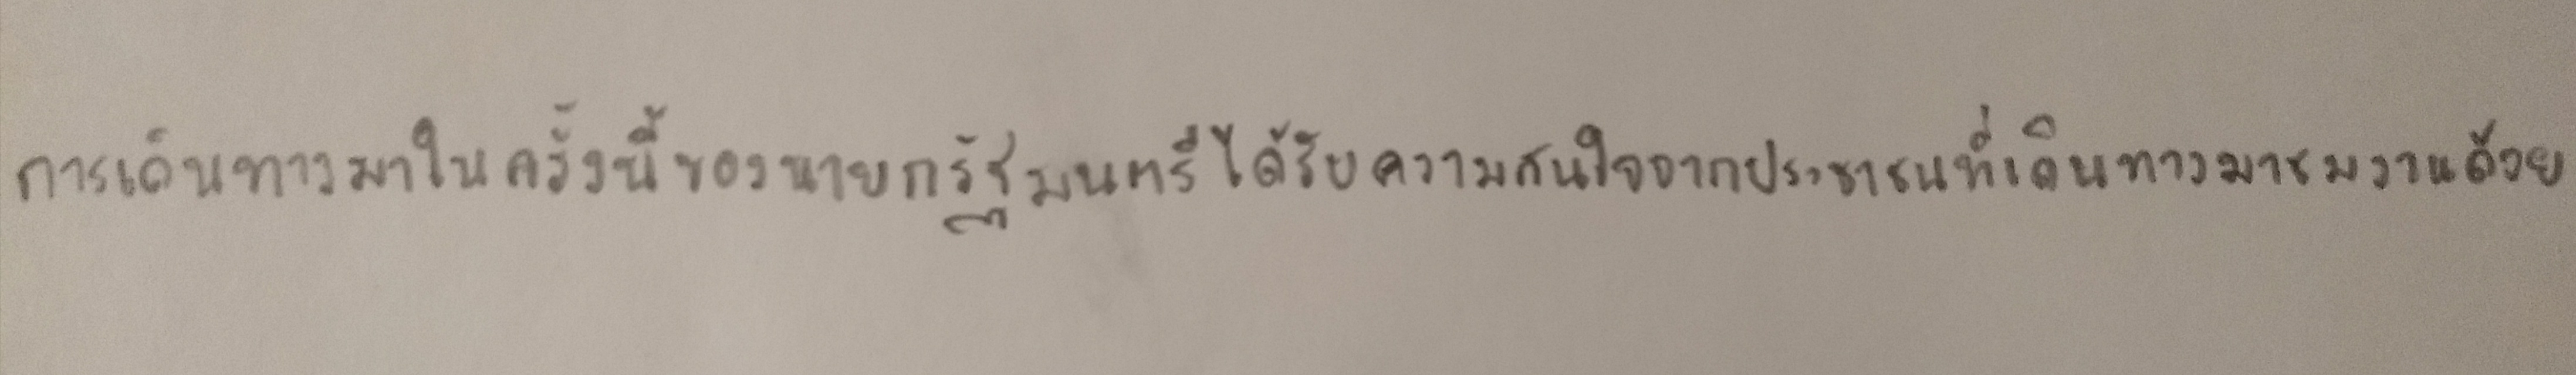
การเดินทางมาในครั้งนี้ของนายกรัฐมนตรีได้รับความสนใจจากประชาชนที่เดินทางมาชมงานด้วย